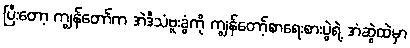
ပြီးတော့ ကျွန်တော်က အဲဒီသံဗူးခွံကို ကျွန်တော့်စာရေးစားပွဲရဲ့ အံဆွဲထဲမှာ